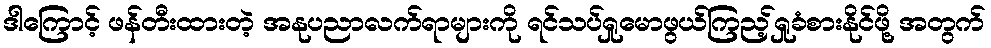
ဒါကြောင့် ဖန်တီးထားတဲ့ အနုပညာလက်ရာများကို ရင်သပ်ရှုမောဖွယ်ကြည့်ရှုခံစားနိုင်ဖို့ အတွက်